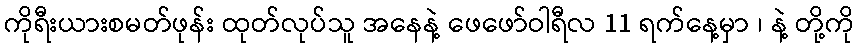
ကိုရီးယားစမတ်ဖုန်း ထုတ်လုပ်သူ အနေနဲ့ ဖေဖော်ဝါရီလ 11 ရက်နေ့မှာ ၊ နဲ့ တို့ကို